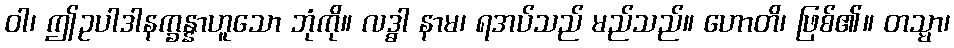
ဝါ၊ ဤဥပါဒါနက္ခန္နာဟူသော ဘုံကို။ လဒ္ဓာ နာမ၊ ရအပ်သည် မည်သည်။ ဟောတိ၊ ဖြစ်၏။ တသ္မာ၊